Scottish Leaving Certificate Examination, 1955
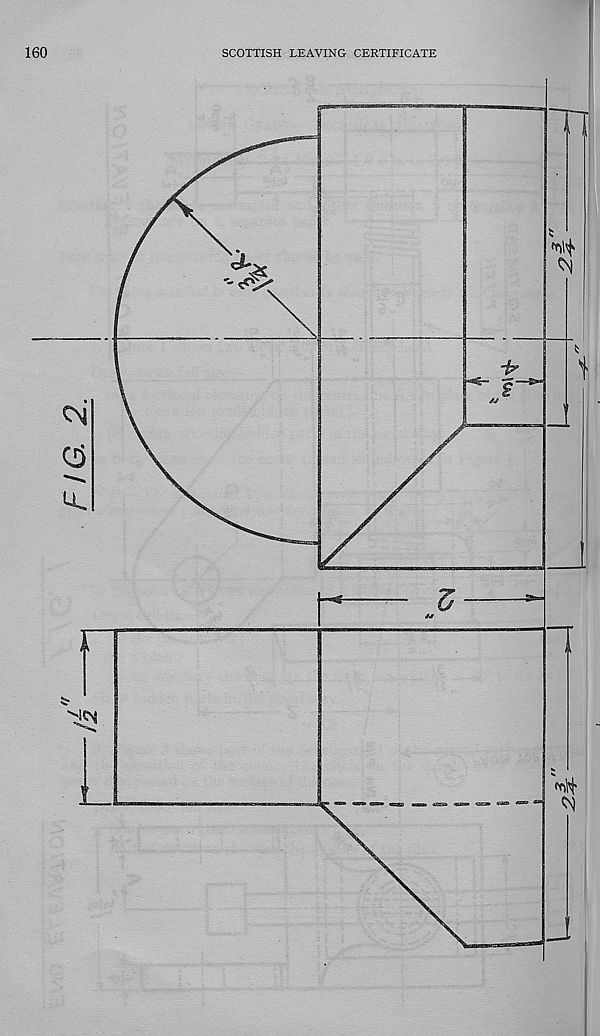
FIG. 2.
160
SCOTTISH LEAVING CERTIFICATE
T”
m
w